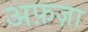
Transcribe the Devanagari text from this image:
अफ़ज़ा